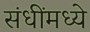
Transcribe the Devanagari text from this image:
संधींमध्ये